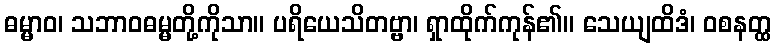
ဓမ္မာဝ၊ သဘာဝဓမ္မတို့ကိုသာ။ ပရိယေသိတဗ္ဗာ၊ ရှာထိုက်ကုန်၏။ သေယျထိဒံ၊ ဝစနတ္ထ